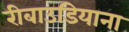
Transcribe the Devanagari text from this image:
रीबाउडियाना